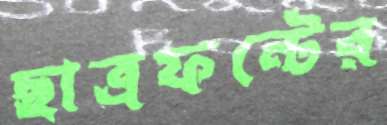
ছাত্রফন্টের